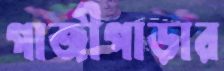
গাজীপাড়ার